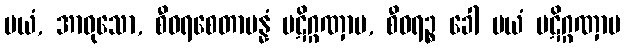
မယံ, အာဝုသော, စီဝရစေတာပန္နံ ပဋိဂ္ဂဏှာမ, စီဝရဉ္စ ခေါ မယံ ပဋိဂ္ဂဏှာမ